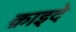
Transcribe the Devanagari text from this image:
क़ाइदे